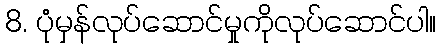
8. ပုံမှန်လုပ်ဆောင်မှုကိုလုပ်ဆောင်ပါ။